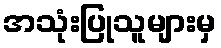
အသုံးပြုသူများမှ